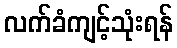
လက်ခံကျင့်သုံးရန်